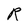
Character: R